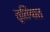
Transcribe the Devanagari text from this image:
तृतियात